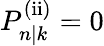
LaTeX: P_{n|k}^{\mathrm{(ii)}}=0